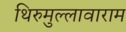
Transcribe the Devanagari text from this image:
थिरुमुल्लावाराम